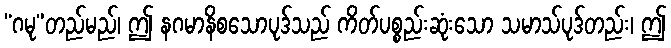
“ဂမု”တည်မည်၊ ဤ နဂမာနိစသောပုဒ်သည် ကိတ်ပစ္စည်းဆုံးသော သမာသ်ပုဒ်တည်း၊ ဤ